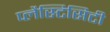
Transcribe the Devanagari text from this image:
प्लैस्टिसिटी